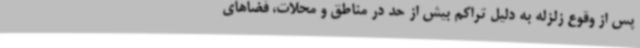
پس از وقوع زلزله به دلیل تراکم بیش از حد در مناطق و محلات، فضاهای